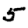
Digit: 5